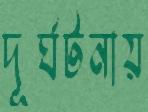
দূর্ঘটনায়